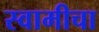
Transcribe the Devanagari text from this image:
स्वामीचा